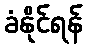
ခံနိုင်ရန်